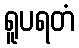
ရူပရတံ